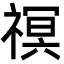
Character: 䄙